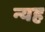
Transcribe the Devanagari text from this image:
न्यह